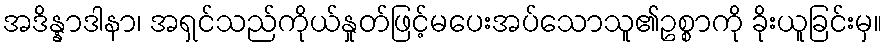
အဒိန္နာဒါနာ၊ အရှင်သည်ကိုယ်နှုတ်ဖြင့်မပေးအပ်သောသူ၏ဥစ္စာကို ခိုးယူခြင်းမှ။